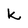
Character: k